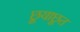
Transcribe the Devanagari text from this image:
छूयाछूत